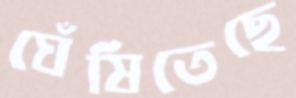
ঘেঁষিতেছে